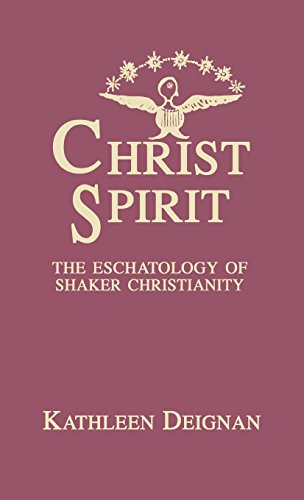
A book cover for Christ Spirit: The Eschatology of Shaker Christianity (ATLA Monograph Series); Kathleen P. Deignan; Christian Books & Bibles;